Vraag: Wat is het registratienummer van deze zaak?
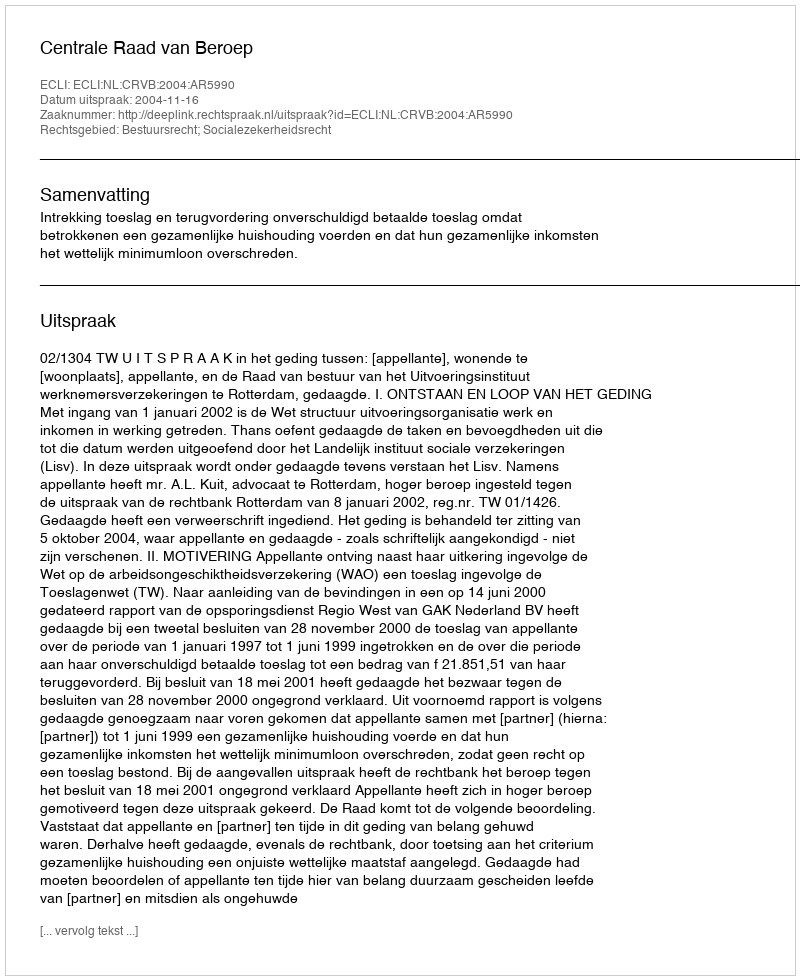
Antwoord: http://deeplink.rechtspraak.nl/uitspraak?id=ECLI:NL:CRVB:2004:AR5990